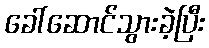
ခေါ်ဆောင်သွားခဲ့ပြီး